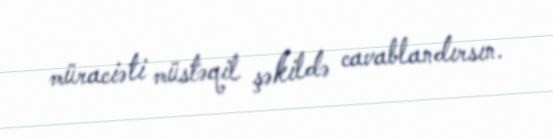
müraciəti müstəqil şəkildə cavablandırsın.